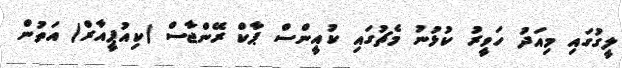
ލީގުގައި މިއަދު ހަވީރު ކުޅުނު މެޗުގައި ކުއީންސް ޕާކް ރޭންޖާސް (ކިއުޕީއާރް) އަތުން